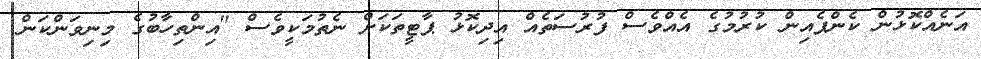
އަނެއްކޮޅުން ކެންޕެއިން ކުރުމުގެ އެއްވެސް ފުރުސަތެއް އިދިކޮޅު ޕާޓީތަކަށް ނެތުމަކީވެސް "އިންތިހާބުގެ މިނިވަންކަން